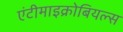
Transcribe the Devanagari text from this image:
एंटीमाइक्रोबियल्स